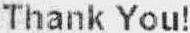
THANK YOU!